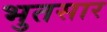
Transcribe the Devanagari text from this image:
भुतसार